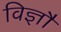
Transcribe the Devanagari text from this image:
विज्ञौं